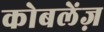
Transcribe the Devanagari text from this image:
कोबलेंज़